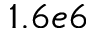
1 . 6 e 6